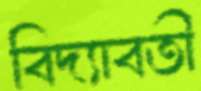
বিদ্যাবতী